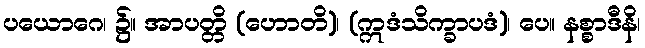
ပယောဂေ၊ ၌။ အာပတ္တိ (ဟောတိ)၊ (ဣဒံသိက္ခာပဒံ)၊ ပေ။ နစ္စာဒီနိ၊